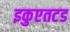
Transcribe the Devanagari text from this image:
इकुएतटड